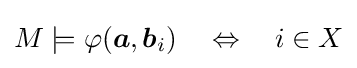
M\models \varphi ({\boldsymbol {a}},{\boldsymbol {b}}_{i})\quad \Leftrightarrow \quad i\in X